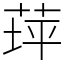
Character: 𦱾